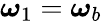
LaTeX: \boldsymbol{\omega}_{1}=\boldsymbol{\omega}_{b}